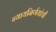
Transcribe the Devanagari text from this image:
न्यायनिर्णयांची